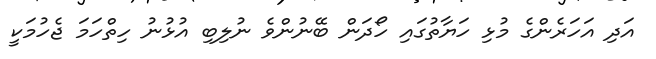
އަދި އަހަރެންގެ މުޅި ހަޔާތުގައި ހޯދަން ބޭނުންވެ ނުލިބި އުޅުނު ހިތްހަމަ ޖެހުމަކީ